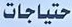
حتياجات